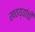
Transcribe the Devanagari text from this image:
खवय्यांची